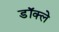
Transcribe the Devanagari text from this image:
डॉक्ले